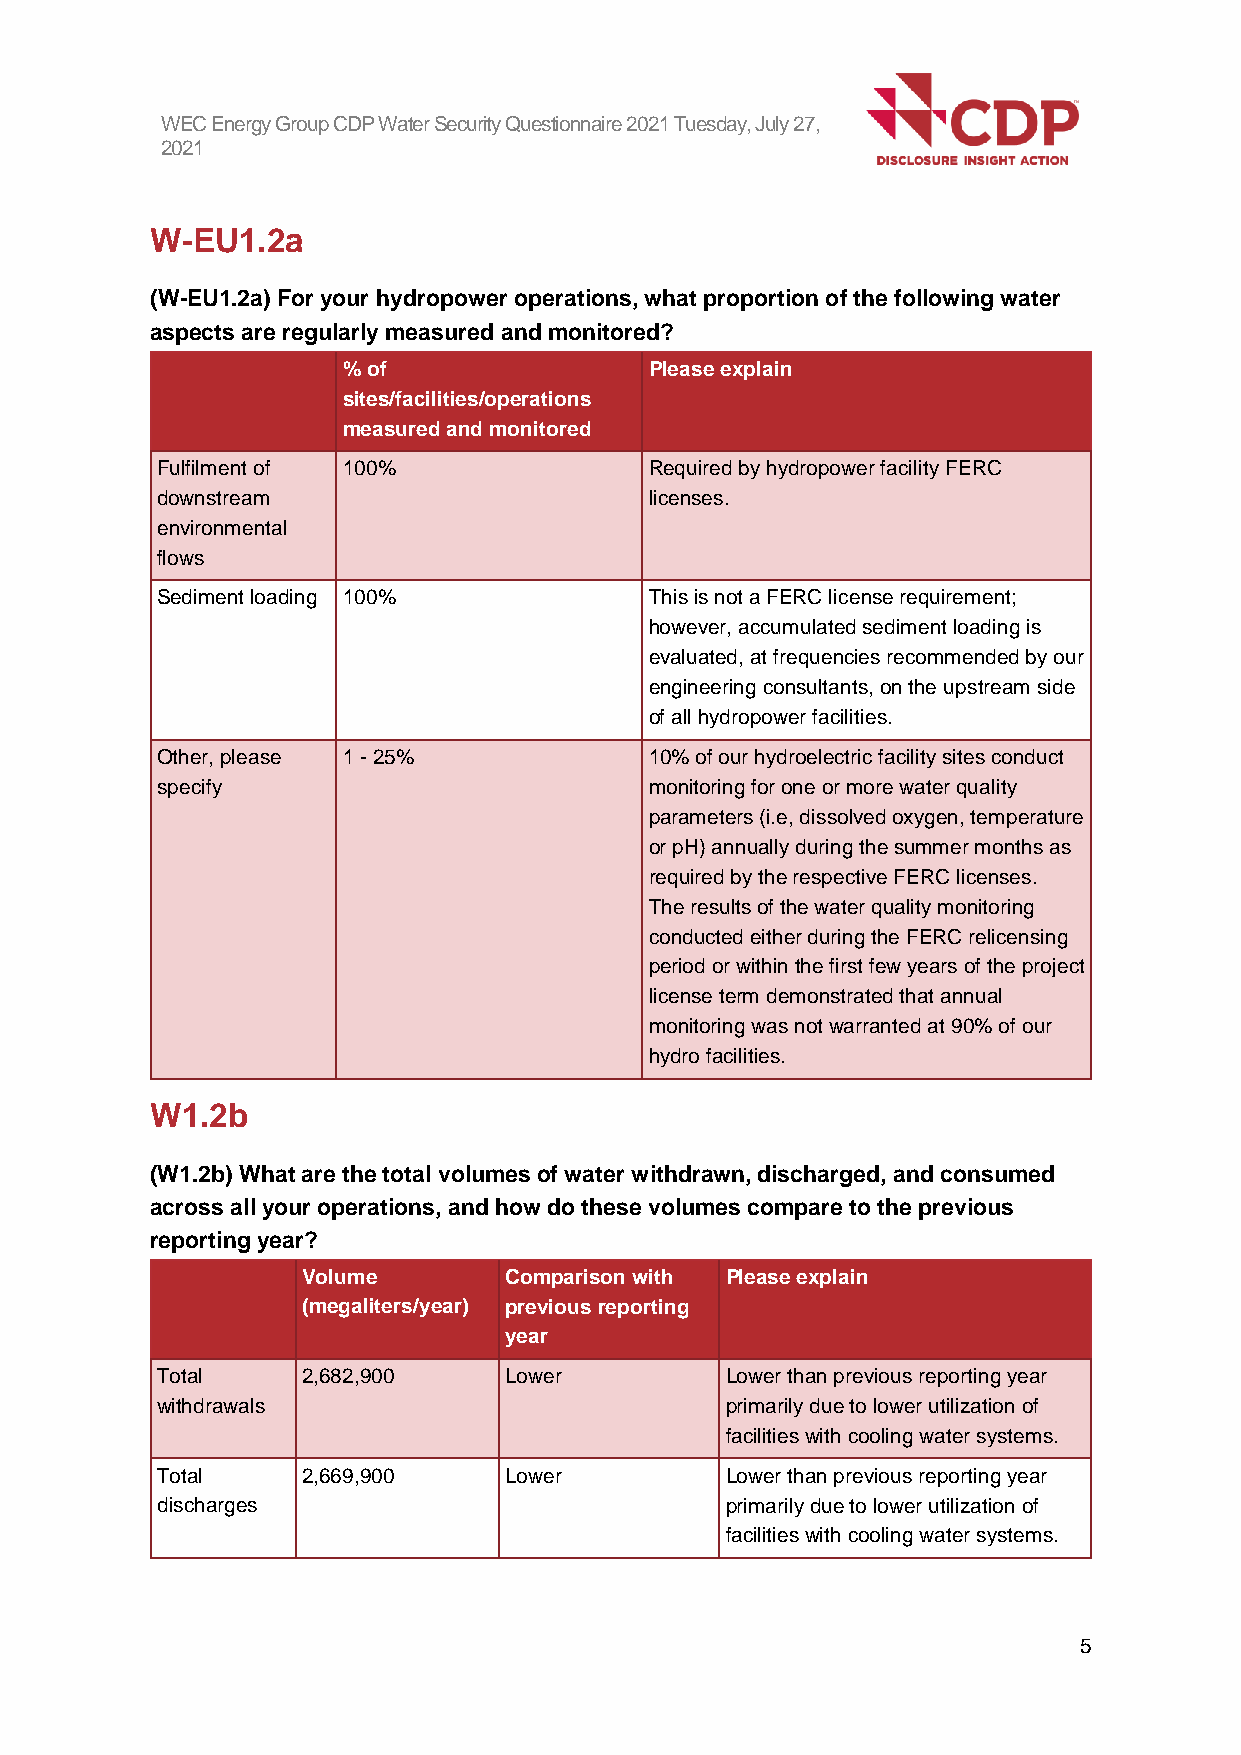
WEC Energy Group CDP Water Security Questionnaire 2021 Tuesday, July 27,
 2021
 W-EU1.2a
 (W-EU1.2a) For your hydropower operations, what proportion of the following water
 aspects are regularly measured and monitored?
 % of                Please explain
 sites/facilities/operations
 measured and monitored
 Fulfilment of 100%               Required by hydropower facility FERC
 downstream                       licenses.
 environmental
 flows
 Sediment loading 100%            This is not a FERC license requirement;
 however, accumulated sediment loading is
 evaluated, at frequencies recommended by our
 engineering consultants, on the upstream side
 of all hydropower facilities.
 Other, please 1 - 25%            10% of our hydroelectric facility sites conduct
 specify                          monitoring for one or more water quality
 parameters (i.e, dissolved oxygen, temperature
 or pH) annually during the summer months as
 required by the respective FERC licenses.
 The results of the water quality monitoring
 conducted either during the FERC relicensing
 period or within the first few years of the project
 license term demonstrated that annual
 monitoring was not warranted at 90% of our
 hydro facilities.
 W1.2b
 (W1.2b) What are the total volumes of water withdrawn, discharged, and consumed
 across all your operations, and how do these volumes compare to the previous
 reporting year?
 Volume       Comparison with Please explain
 (megaliters/year) previous reporting
 year
 Total     2,682,900    Lower          Lower than previous reporting year
 withdrawals                           primarily due to lower utilization of
 facilities with cooling water systems.
 Total     2,669,900    Lower          Lower than previous reporting year
 discharges                            primarily due to lower utilization of
 facilities with cooling water systems.
 5